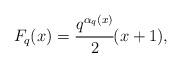
LaTeX: \begin{align*}F_q(x)=\cfrac{q^{\alpha_q(x)}}{2} (x+1), \end{align*}